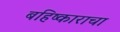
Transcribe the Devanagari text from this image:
बहिष्काराचा